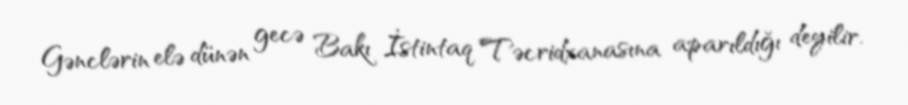
Gənclərin elə dünən gecə Bakı İstintaq Təcridxanasına aparıldığı deyilir.